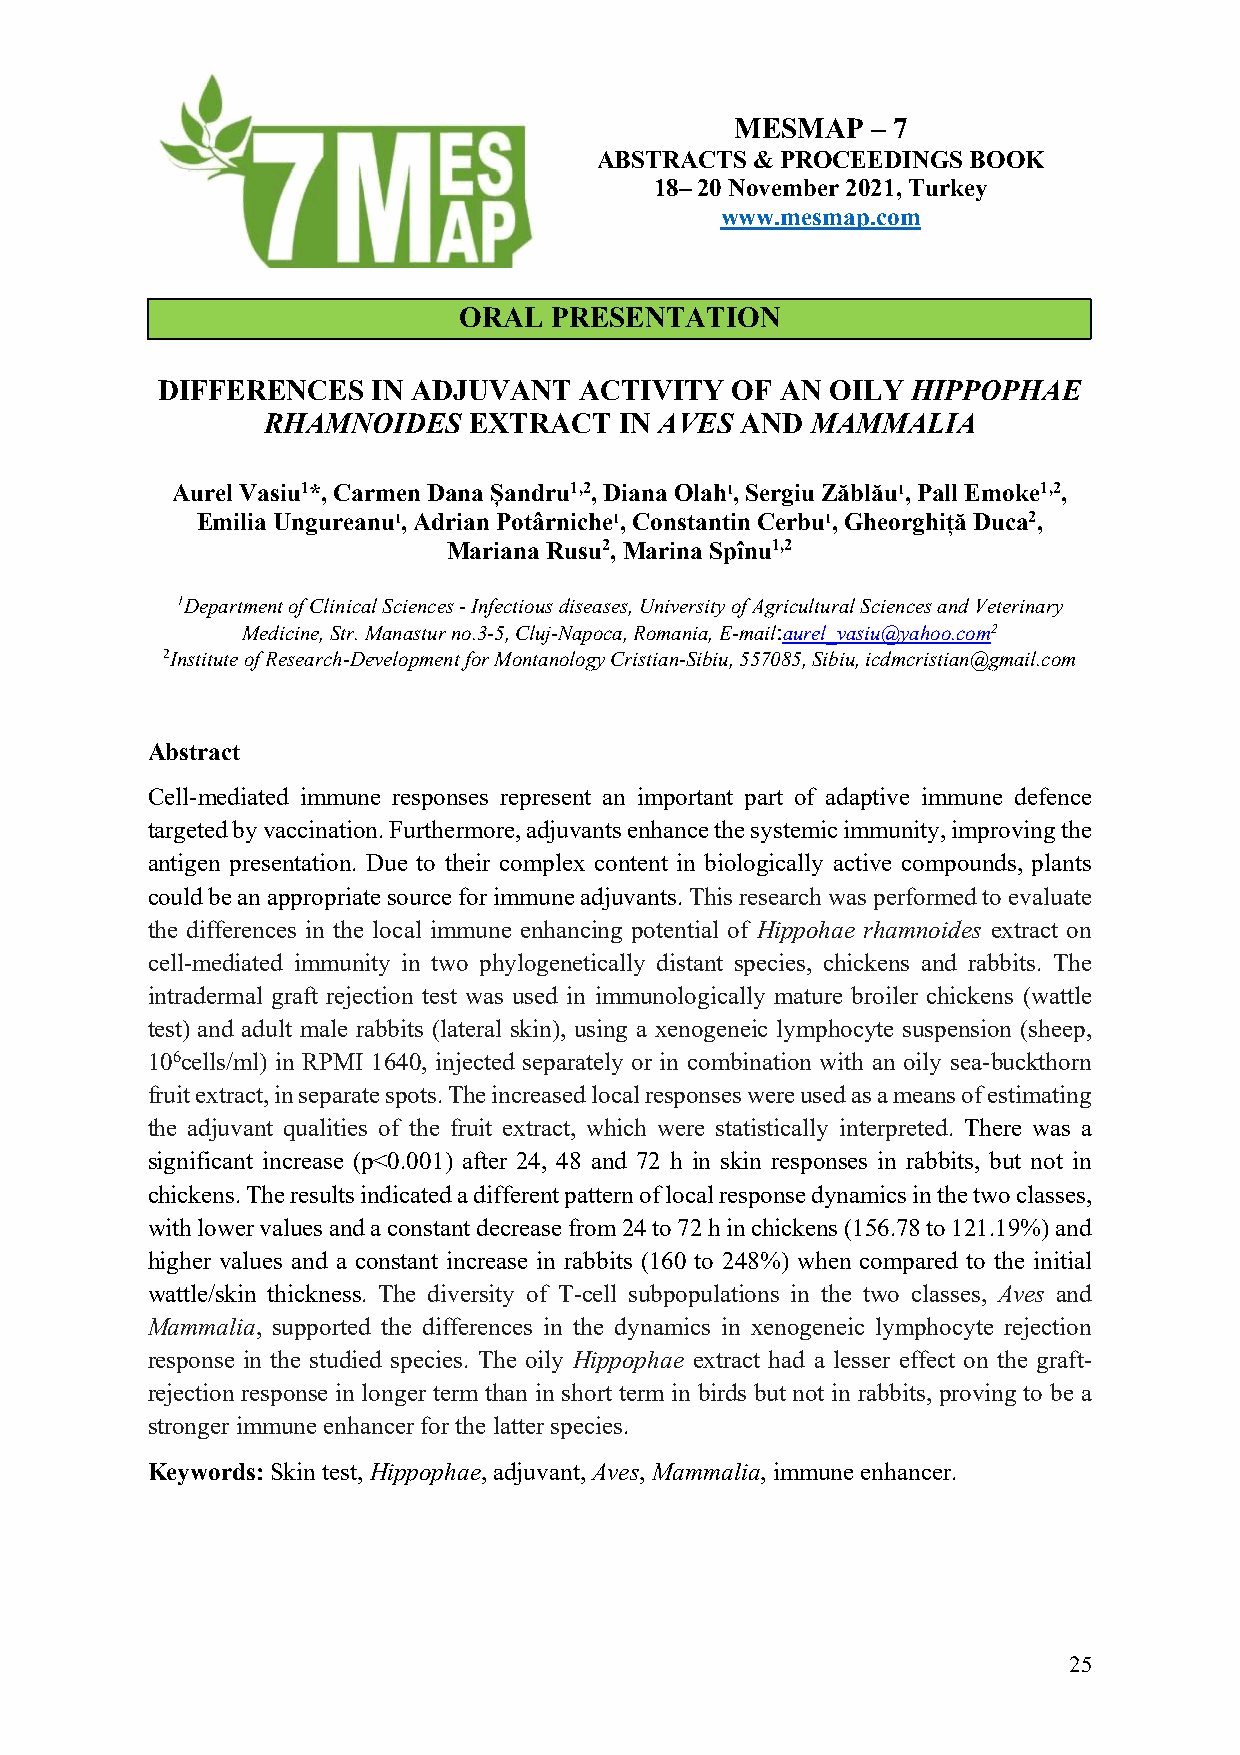
MESMAP   – 7
 ABSTRACTS  & PROCEEDINGS BOOK
 18– 20 November 2021, Turkey
 www.mesmap.com
 ORAL  PRESENTATION
 DIFFERENCES    IN ADJUVANT  ACTIVITY  OF  AN OILY HIPPOPHAE
 RHAMNOIDES    EXTRACT   IN AVES AND  MAMMALIA
 Aurel Vasiu1*, Carmen Dana Șandru1,2, Diana Olah1, Sergiu Zăblău1, Pall Emoke1,2,
 Emilia Ungureanu1, Adrian Potârniche1, Constantin Cerbu1, Gheorghiță Duca2,
 Mariana Rusu2, Marina Spînu1,2
 1Department of Clinical Sciences - Infectious diseases, University of Agricultural Sciences and Veterinary
 Medicine, Str. Manastur no.3-5, Cluj-Napoca, Romania, E-mail:aurel_vasiu@yahoo.com2
 2Institute of Research-Development for Montanology Cristian-Sibiu, 557085, Sibiu, icdmcristian@gmail.com
 Abstract
 Cell-mediated immune responses represent an important part of adaptive immune defence
 targeted by vaccination. Furthermore, adjuvants enhance the systemic immunity, improving the
 antigen presentation. Due to their complex content in biologically active compounds, plants
 could be an appropriate source for immune adjuvants. This research was performed to evaluate
 the differences in the local immune enhancing potential of Hippohae rhamnoides extract on
 cell-mediated immunity in two phylogenetically distant species, chickens and rabbits. The
 intradermal graft rejection test was used in immunologically mature broiler chickens (wattle
 test) and adult male rabbits (lateral skin), using a xenogeneic lymphocyte suspension (sheep,
 106cells/ml) in RPMI 1640, injected separately or in combination with an oily sea-buckthorn
 fruit extract, in separate spots. The increased local responses were used as a means of estimating
 the adjuvant qualities of the fruit extract, which were statistically interpreted. There was a
 significant increase (p<0.001) after 24, 48 and 72 h in skin responses in rabbits, but not in
 chickens. The results indicated a different pattern of local response dynamics in the two classes,
 with lower values and a constant decrease from 24 to 72 h in chickens (156.78 to 121.19%) and
 higher values and a constant increase in rabbits (160 to 248%) when compared to the initial
 wattle/skin thickness. The diversity of T-cell subpopulations in the two classes, Aves and
 Mammalia, supported the differences in the dynamics in xenogeneic lymphocyte rejection
 response in the studied species. The oily Hippophae extract had a lesser effect on the graft-
 rejection response in longer term than in short term in birds but not in rabbits, proving to be a
 stronger immune enhancer for the latter species.
 Keywords: Skin test, Hippophae, adjuvant, Aves, Mammalia, immune enhancer.
 25